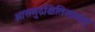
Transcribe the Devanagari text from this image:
आसमुद्रक्षितिसानाम्